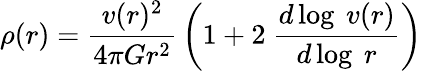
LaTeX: \rho(r)={\frac{v(r)^{2}}{4\pi Gr^{2}}}\left(1+2~{\frac{d\log~v(r)}{d\log~r}}\right)